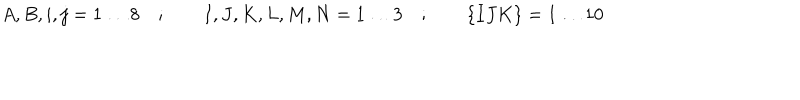
LaTeX: A , B , i , j = 1 \ldots 8 \quad ; \qquad I , J , K , L , M , N = 1 \ldots 3 \quad ; \qquad \{ I J K \} = 1 \ldots 1 0